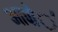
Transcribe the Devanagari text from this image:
आपो॑